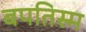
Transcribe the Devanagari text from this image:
बपतिस्म